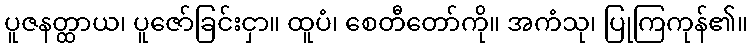
ပူဇနတ္ထာယ၊ ပူဇော်ခြင်းငှာ။ ထူပံ၊ စေတီတော်ကို။ အကံသု၊ ပြုကြကုန်၏။